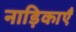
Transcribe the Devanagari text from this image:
नाड़िकाएँ